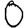
Digit: 0